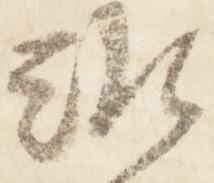
難